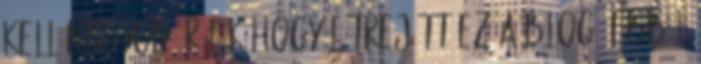
kell Nagyon örülök hogy létrejött ez a blog. Ebből